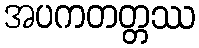
အပကတတ္တဿ